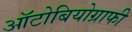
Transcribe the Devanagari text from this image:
ऑटोबियोग्राफी